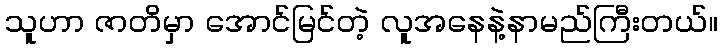
သူဟာ ဇာတိမှာ အောင်မြင်တဲ့ လူအနေနဲ့နာမည်ကြီးတယ်။